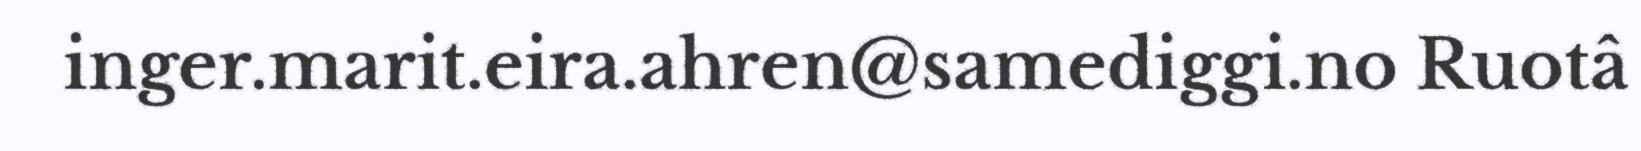
inger.marit.eira.ahren@samediggi.no Ruotâ